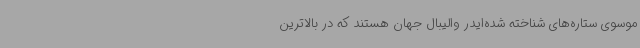
موسوی ستاره‌های شناخته شده‌ایدر والیبال جهان هستند که در بالاترین